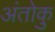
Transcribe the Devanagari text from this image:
अंतोकु